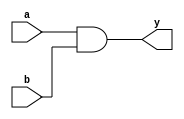
module andgate(a,b,y);
 input a,b;
 output y;
assign y = a&b;
endmodule

module andgate_tb();
 wire y;
 reg a,b;
andgate dut(.a(a), .b(b), .y(y));
 initial begin 
a=0;
b=0;
#40

a=0;
b=1;
#40

a=1;
b=0;
#40

a=1;
b=1;
#40

$stop;
end
initial
$monitor("a=%b,b=%b,y=%b",a,b,y);

endmodule